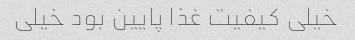
خیلی کیفیت غذا پایین بود خیلی